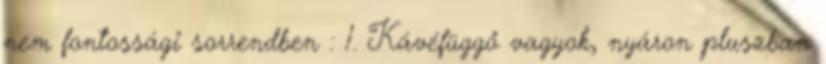
nem fontossági sorrendben : 1. Kávéfüggő vagyok, nyáron pluszban